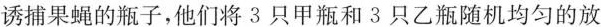
诱捕果蝇的瓶子，他们将3只甲瓶和3只乙瓶随机均匀的放